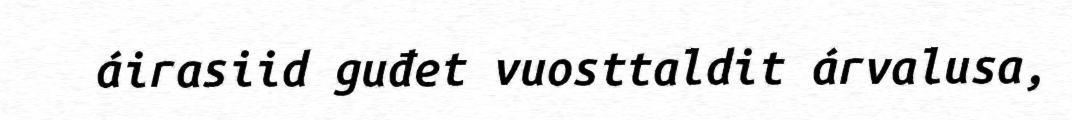
áirasiid guđet vuosttaldit árvalusa,